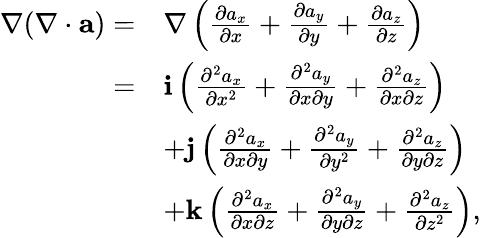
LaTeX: \begin{array}{rl}{\nabla(\nabla\cdot{\mathbf a})=}&{\nabla\left(\frac{\partial a_{x}}{\partial x}+\frac{\partial a_{y}}{\partial y}+\frac{\partial a_{z}}{\partial z}\right)}\\ {=}&{{\mathbf i}\left(\frac{\partial^{2}a_{x}}{\partial x^{2}}+\frac{\partial^{2}a_{y}}{\partial x\partial y}+\frac{\partial^{2}a_{z}}{\partial x\partial z}\right)}\\ &{+{\mathbf j}\left(\frac{\partial^{2}a_{x}}{\partial x\partial y}+\frac{\partial^{2}a_{y}}{\partial y^{2}}+\frac{\partial^{2}a_{z}}{\partial y\partial z}\right)}\\ &{+{\mathbf k}\left(\frac{\partial^{2}a_{x}}{\partial x\partial z}+\frac{\partial^{2}a_{y}}{\partial y\partial z}+\frac{\partial^{2}a_{z}}{\partial z^{2}}\right),}\end{array}